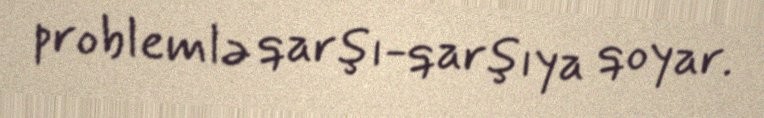
problemlə qarşı-qarşıya qoyar.